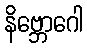
နိဗ္ဘောဂေါ